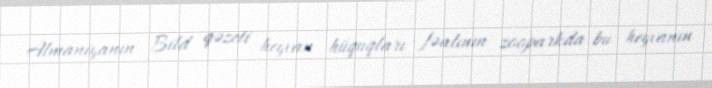
Almaniyanın Bild qəzeti heyvan hüquqları fəalının zooparkda bu heyvanın